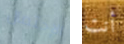
الإحتمال أنت